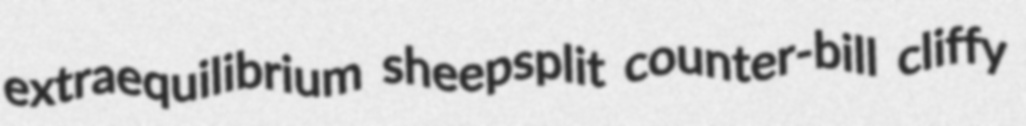
extraequilibrium sheepsplit counter-bill cliffy